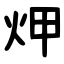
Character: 炠